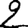
Digit: 2